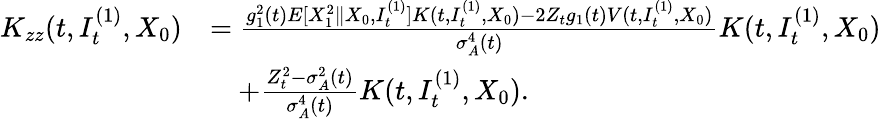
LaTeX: \begin{array}{rl}{K_{zz}(t,I_{t}^{(1)},X_{0})}&{=\frac{g_{1}^{2}(t)E[X_{1}^{2}\| X_{0},I_{t}^{(1)}]K(t,I_{t}^{(1)},X_{0})-2Z_{t}g_{1}(t)V(t,I_{t}^{(1)},X_{0})}{\sigma_{A}^{4}(t)}K(t,I_{t}^{(1)},X_{0})}\\ &{\quad+\frac{Z_{t}^{2}-\sigma_{A}^{2}(t)}{\sigma_{A}^{4}(t)}K(t,I_{t}^{(1)},X_{0}).}\end{array}